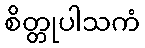
စိတ္တုပါသကံ